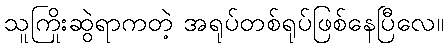
သူကြိုးဆွဲရာကတဲ့ အရုပ်တစ်ရုပ်ဖြစ်နေပြီလေ။